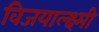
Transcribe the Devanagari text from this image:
विजयाल्क्ष्मी